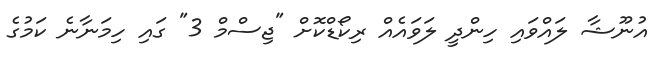
އުނޫޝާ ލައްވައި ހިންދީ ލަވައެއް ރިކޯޑްކޮށް "ޖިސްމް 3" ގައި ހިމަނާނެ ކަމުގެ